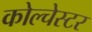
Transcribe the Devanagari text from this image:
कोल्चेस्टर